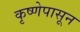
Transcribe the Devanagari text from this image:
कृष्णेपासून